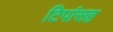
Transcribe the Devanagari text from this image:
टिपांसह